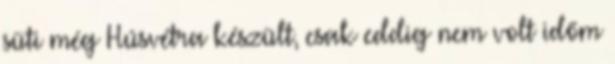
süti még Húsvétra készült, csak eddig nem volt időm